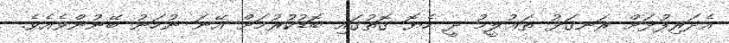
އެދަރިފުޅަށް ރަނގަޅު ތަޢުލީމު ދީ ހެޔޮ ގޮތުގައި ބޮޑުކުރުމަށް އޭނަ ނުހަނު ބޭނުންވެއެވެ.